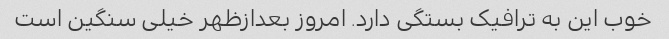
خوب این به ترافیک بستگی دارد. امروز بعدازظهر خیلی سنگین است